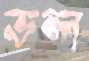
ভল্ল